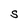
Character: S